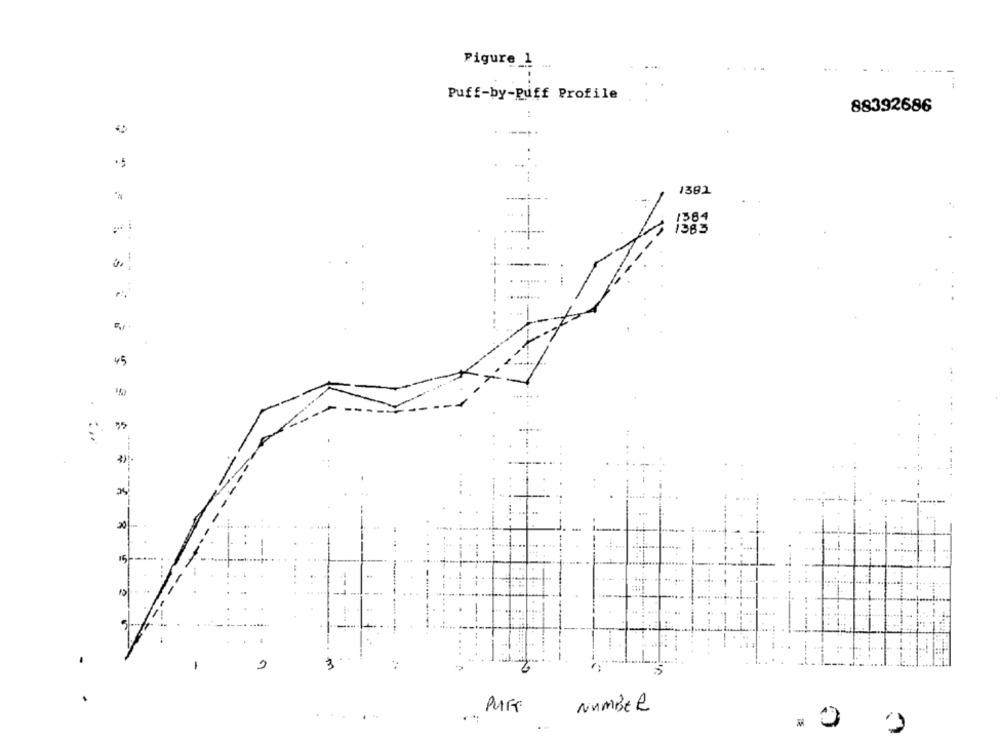
Figure _1
Puff-by-Puff Profile
88392686
--..
.5
1381
1384
1383
..
45
-
15
15
-
3
NUMBER
. 0